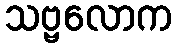
သဗ္ဗလောက